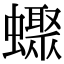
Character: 𧓏